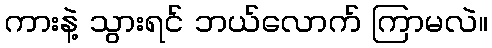
ကားနဲ့ သွားရင် ဘယ်လောက် ကြာမလဲ။